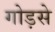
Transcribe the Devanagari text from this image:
गोड़से